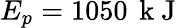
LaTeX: E_{p}=1050\, \mathrm{~k~J~}